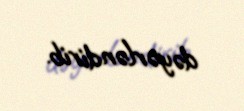
dəyərləndirib.